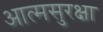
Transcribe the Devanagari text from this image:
आत्मसुरक्षा